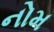
નોમ